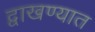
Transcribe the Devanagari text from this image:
द्वाखण्यात